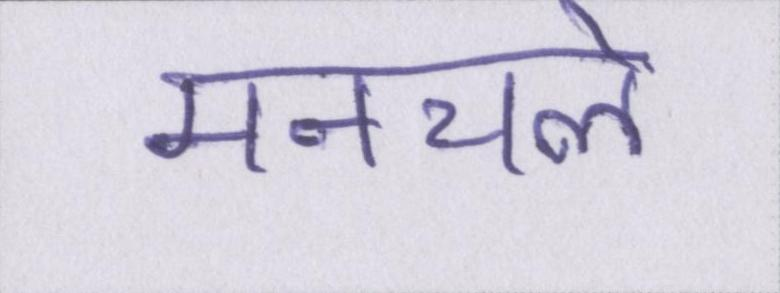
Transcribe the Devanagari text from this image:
मनचले